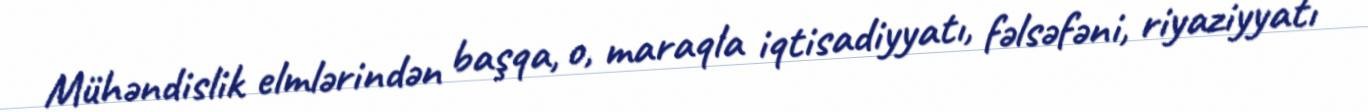
Mühəndislik elmlərindən başqa, o, maraqla iqtisadiyyatı, fəlsəfəni, riyaziyyatı